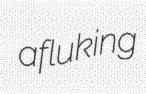
afluking